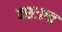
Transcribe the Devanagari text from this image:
क्शःएत्र